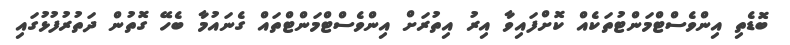
ބޮޑެތި އިންވެސްޓްމަންޓުތަކެއް ކޮށްފައިވާ އިރު އިތުރަށް އިންވެސްޓްމަންޓްތައް ގެނައުމާ ބެހޭ ގޮތުން ދަތުރުފުޅުގައި